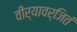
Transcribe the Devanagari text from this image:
वीर्यावर्जितं